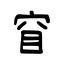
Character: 窅